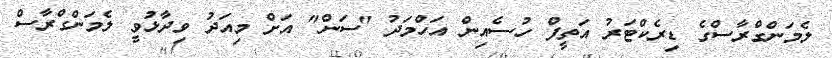
ލެމަންގްރާސްގެ ޑިރެކްޓަރު އަތީފް ހުސެއިން އަހްމަދު "ސަން" އަށް މިއަދު ވިދާޅުވީ ލެމަންގްރާސް